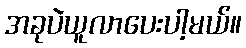
အခုပဲယူလာပေးပါ့မယ်။